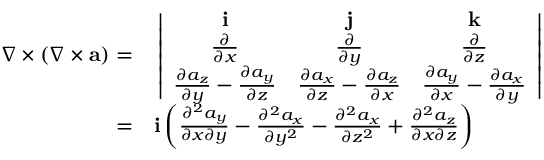
\begin{array} { r l } { \nabla \times ( \nabla \times { \mathbf a } ) = } & { { } \left| \begin{array} { c c c } { { \mathbf i } } & { { \mathbf j } } & { { \mathbf k } } \\ { \frac { \partial } { \partial x } } & { \frac { \partial } { \partial y } } & { \frac { \partial } { \partial z } } \\ { \frac { \partial a _ { z } } { \partial y } - \frac { \partial a _ { y } } { \partial z } } & { \frac { \partial a _ { x } } { \partial z } - \frac { \partial a _ { z } } { \partial x } } & { \frac { \partial a _ { y } } { \partial x } - \frac { \partial a _ { x } } { \partial y } } \end{array} \right| } \\ { = } & { { } { \mathbf i } \left( \frac { \partial ^ { 2 } a _ { y } } { \partial x \partial y } - \frac { \partial ^ { 2 } a _ { x } } { \partial y ^ { 2 } } - \frac { \partial ^ { 2 } a _ { x } } { \partial z ^ { 2 } } + \frac { \partial ^ { 2 } a _ { z } } { \partial x \partial z } \right) } \end{array}